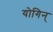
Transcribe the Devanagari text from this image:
योगिन्